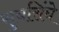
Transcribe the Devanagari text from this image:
सुबसिंघे